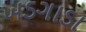
ખડગાડા